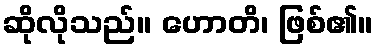
ဆိုလိုသည်။ ဟောတိ၊ ဖြစ်၏။